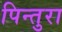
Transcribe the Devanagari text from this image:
पिन्तुरा